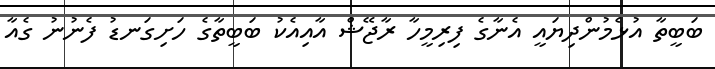
ބަބީތާ އުޅެމުންދިޔައީ އެނާގެ ފިރިމީހާ ރާޖޭޝް އާއިއެކު ބަބީތާގެ ހަށިގަނޑު ފެނުނު ގެއާ